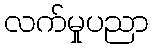
လက်မှုပညာ